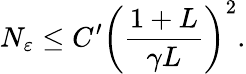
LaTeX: N_{\varepsilon}\leq C^{\prime}\left(\frac{1+L}{\gamma L}\right)^{2}.